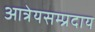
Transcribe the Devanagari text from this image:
आत्रेयसम्प्रदाय